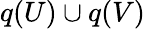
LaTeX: q(U)\cup q(V)